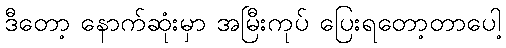
ဒီတော့ နောက်ဆုံးမှာ အမြီးကုပ် ပြေးရတော့တာပေါ့